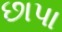
છાપા